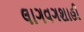
લાગવગશાહી